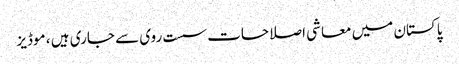
پاکستان میں معاشی اصلاحات سست روی سے جاری ہیں ، موڈیز